Leaving Certificate Examination (including Day School Certificate (Higher) General paper), 1936
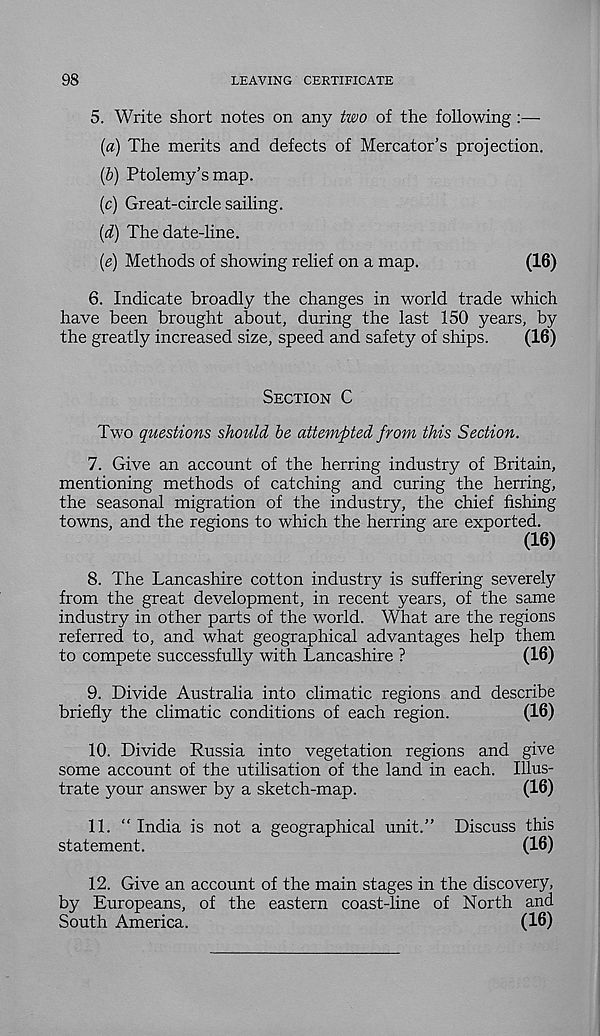
98
LEAVING CERTIFICATE
5. Write short notes on any two of the following:—
{a) The merits and defects of Mercator’s projection.
(6) Ptolemy’s map.
(c) Great-circle sailing.
(d) The date-line.
(e) Methods of showing relief on a map.
(16)
6. Indicate broadly the changes in world trade which
have been brought about, during the last 150 years, by
the greatly increased size, speed and safety of ships.
(16)
Section C
Two questions should be attempted from this Section.
7. Give an account of the herring industry of Britain,
mentioning methods of catching and curing the herring,
the seasonal migration of the industry, the chief fishing
towns, and the regions to which the herring are exported.
(16)
8. The Lancashire cotton industry is suffering severely
from the great development, in recent years, of the same
industry in other parts of the world. What are the regions
referred to, and what geographical advantages help them
to compete successfully with Lancashire ?
(16)
9. Divide Australia into climatic regions and describe
briefly the climatic conditions of each region.
(16)
10. Divide Russia into vegetation regions and give
some account of the utilisation of the land in each. Illus-
trate your answer by a sketch-map.
(16)
11. “ India is not a geographical unit.” Discuss this
statement.
(16)
12. Give an account of the main stages in the discovery,
by Europeans, of the eastern coast-line of North and
South America.
(16)